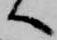
へ